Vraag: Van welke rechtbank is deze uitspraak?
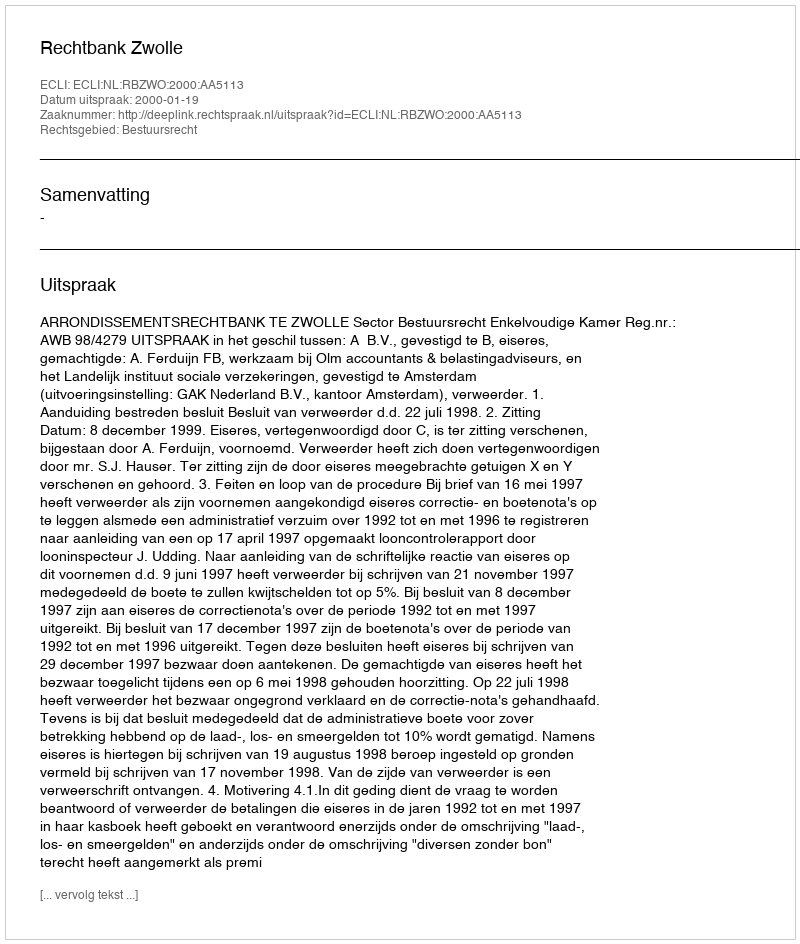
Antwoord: Rechtbank Zwolle